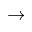
\rightarrow